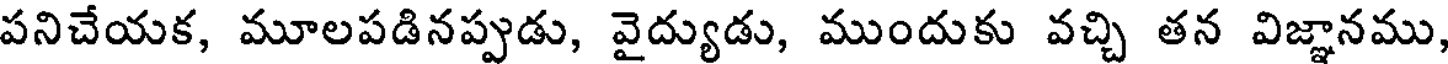
పనిచేయక, మూలపడినప్పుడు, వైద్యుడు, ముందుకు వచ్చి తన విజ్ఞానము,